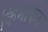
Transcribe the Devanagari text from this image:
किमार्कस